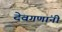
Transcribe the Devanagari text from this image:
देवगणांनी